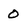
Character: 0